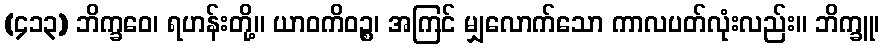
(၄၁၃) ဘိက္ခဝေ၊ ရဟန်းတို့။ ယာဝကိဝဉ္စ၊ အကြင် မျှလောက်သော ကာလပတ်လုံးလည်း။ ဘိက္ခူ၊